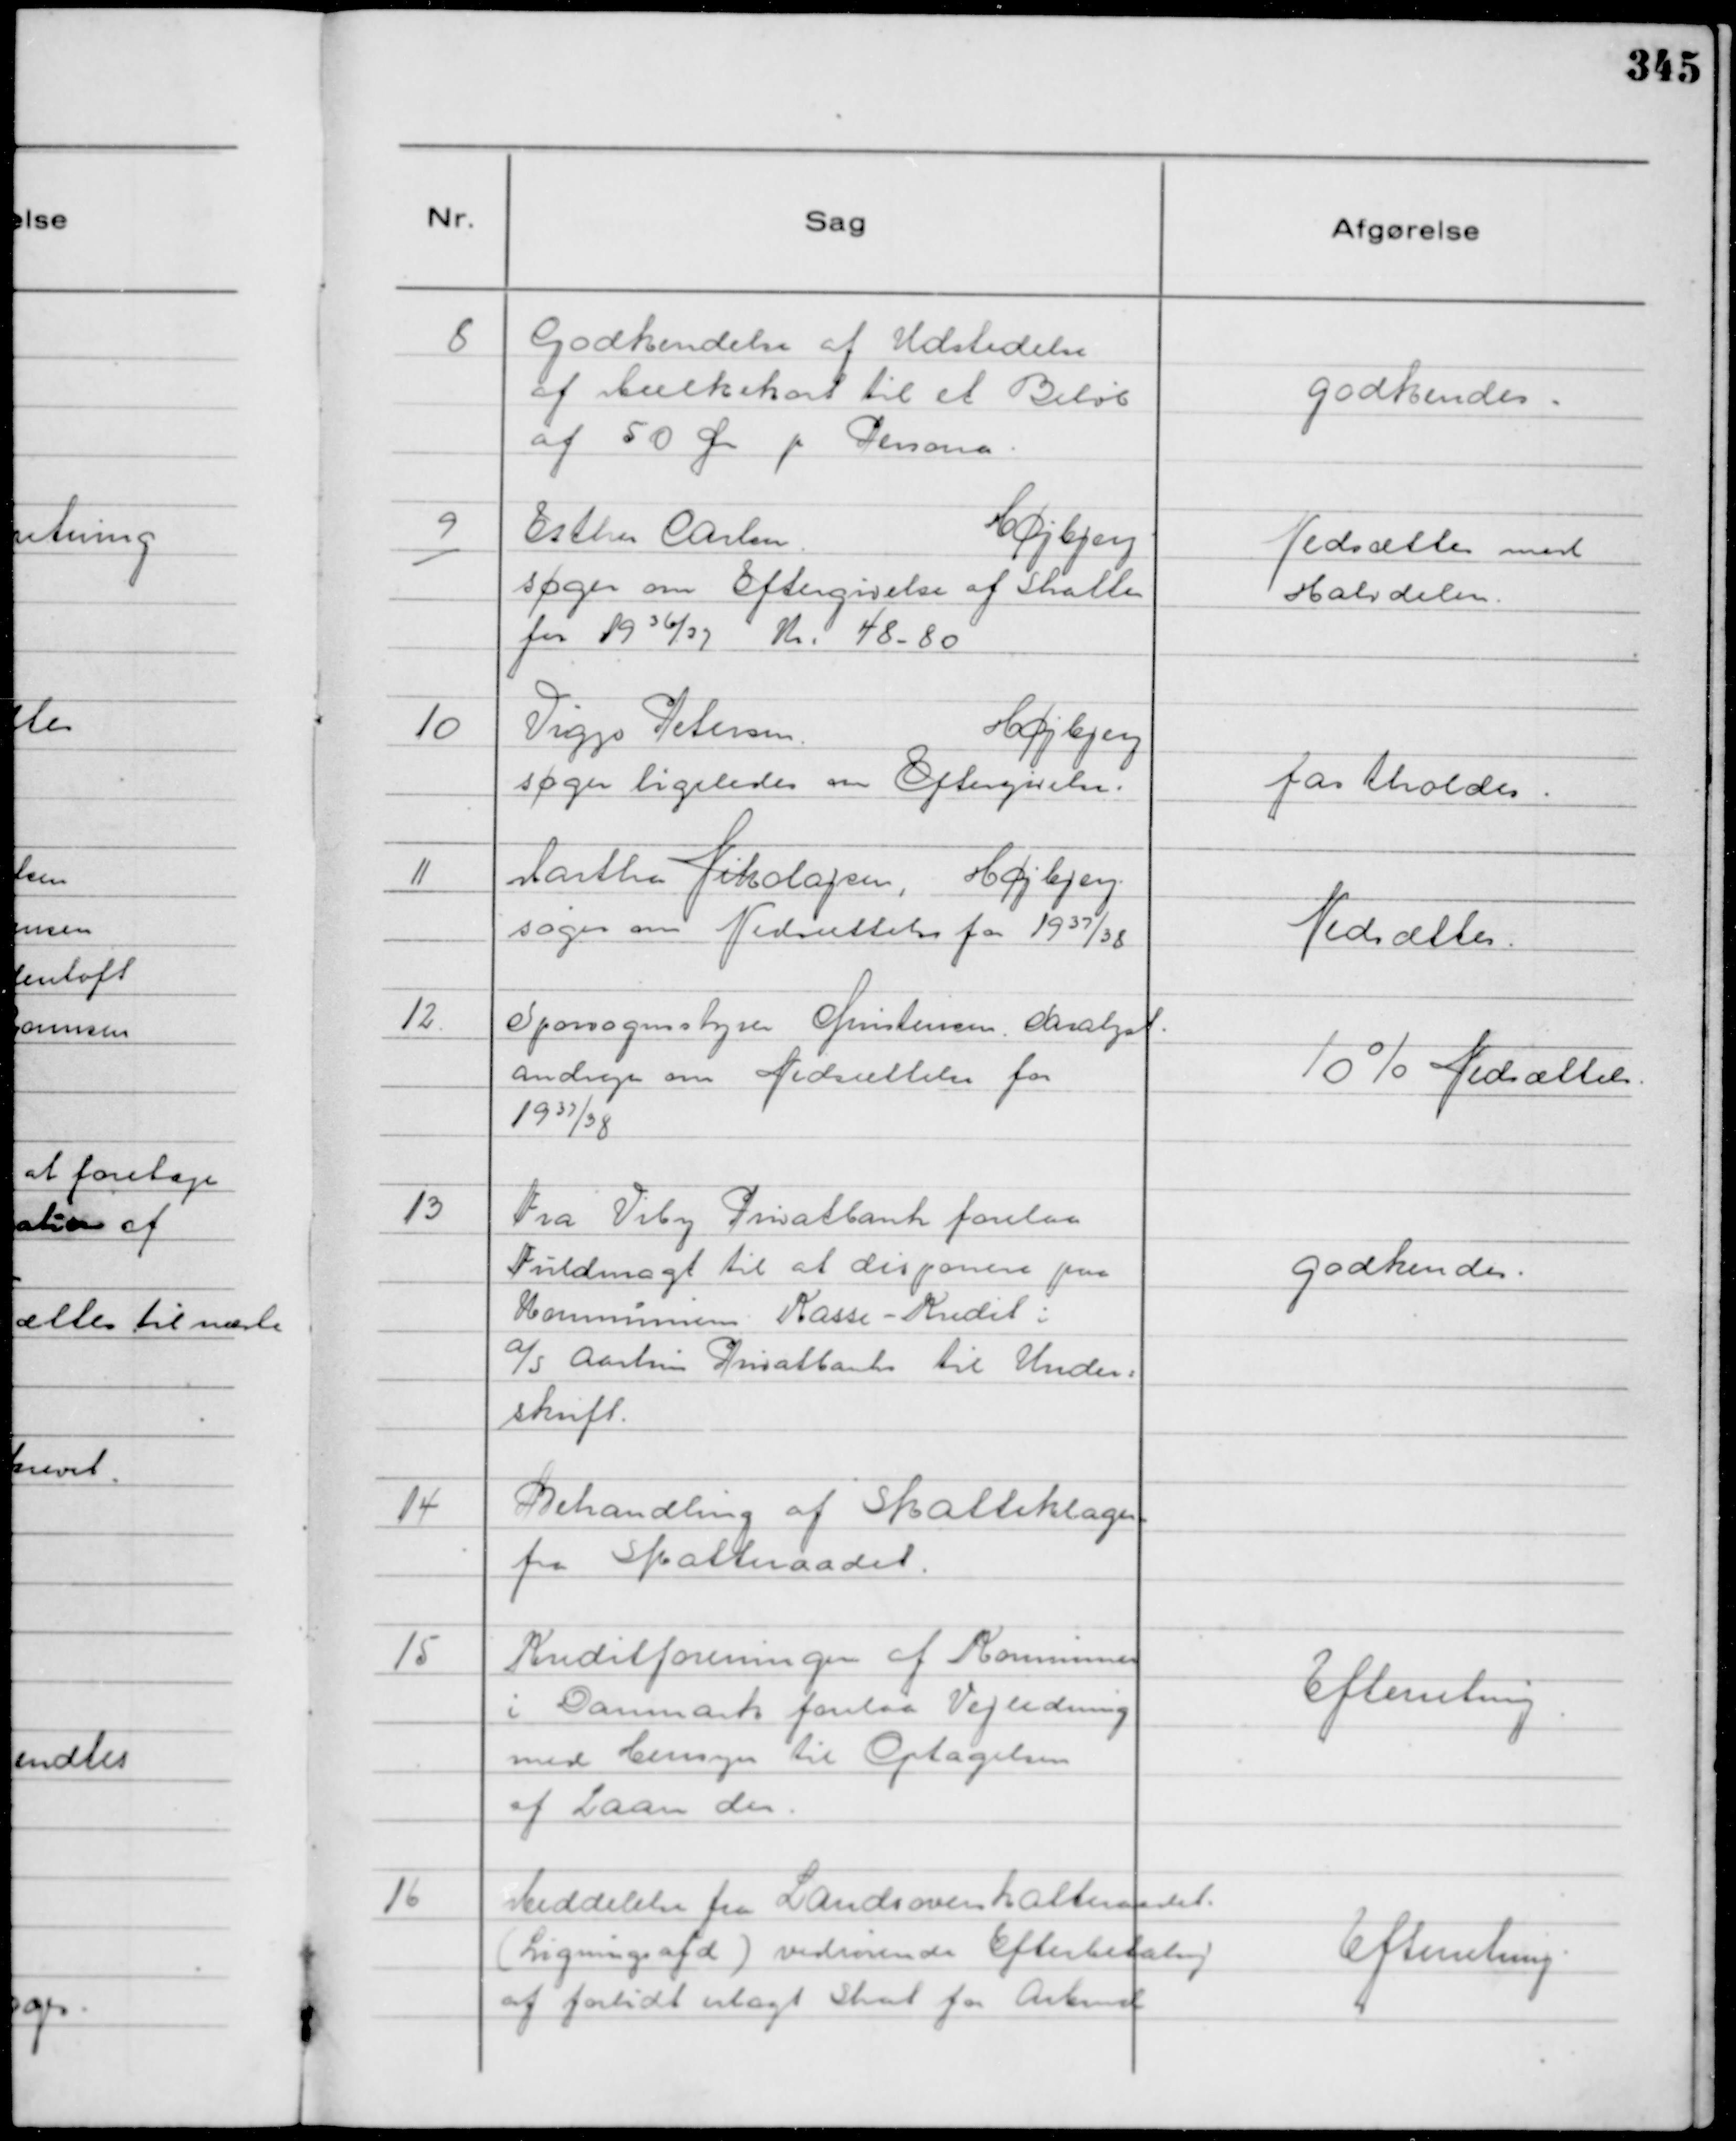
Transskription:
8
Godkendelse af Udstedelse
af Mælkekort til et Beløb
af 50 Øre pr Persona.

godkendes.

9
Esther Carlsen.
Højbjerg
søger om Eftergivelse af Skatter
for 19 36/37 Kr: 48 - 80

Nedsættes med
Halvdelen.

10
Viggo Petersen
Højbjerg
søger ligeledes om Eftergivelse.

fastholdes.

11
Martha Nikolajsen, Højbjerg
søger om Nedsættelse for 1937/38

Nedsættes.

12
Spovognsstyrer Christensen Saralyst.
andrager om Nedsættelse for
19 37/38

10% Nedsættels.

13
Fra Viby Privatbank forelaa
Fuldmagt til at disponere paa
Kommunens Kasse - Kredit i
a/s Aarhus Privatbank til Under=
skrift.

godkendes.

14
Behandling af Skatteklager
fra Skatteraadet.

15
Kreditforeningen af Kommuner
i Danmark forelaa Vejledning
med Hensyn til Optagelsen
af Laan der.

Efterretning.

16
Meddelelse fra Landsoverskatteraadet.
( Ligningsafd ) vedrørende Efterbetaling
af forlidt erlagt Skat for Arbmd

Efterretning.